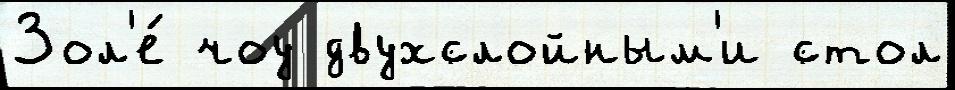
Зол'е́ чоу двухслойным'и стол